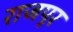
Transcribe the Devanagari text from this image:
राजपूर